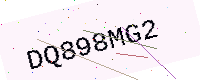
Text: DQ898MG2